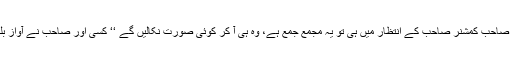
‘‘ارے صاحب کمشنر صاحب کے انتظار میں ہی تو یہ مجمع جمع ہے، وہ ہی آ کر کوئی صورت نکالیں گے ‘‘ کسی اور صاحب نے آواز بلند کی۔